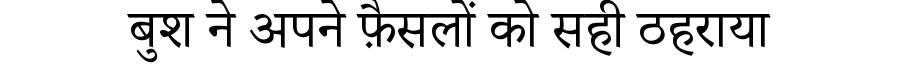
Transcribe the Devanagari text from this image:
बुश ने अपने फ़ैसलों को सही ठहराया